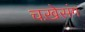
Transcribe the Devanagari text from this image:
चख़ेसंग